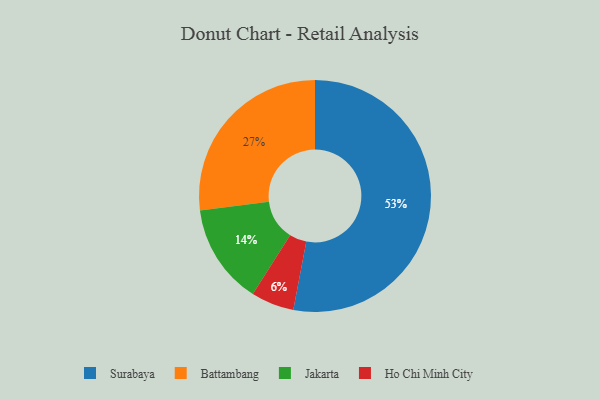
{"axis": {"x": "Category", "y": "Percentage"}, "legend": ["Battambang", "Ho Chi Minh City", "Jakarta", "Surabaya"], "data": [{"x": "Surabaya", "y": 53, "type": "Surabaya"}, {"x": "Battambang", "y": 27, "type": "Battambang"}, {"x": "Ho Chi Minh City", "y": 6, "type": "Ho Chi Minh City"}, {"x": "Jakarta", "y": 14, "type": "Jakarta"}]}